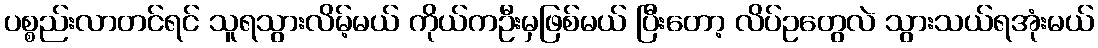
ပစ္စည်းလာတင်ရင် သူရသွားလိမ့်မယ် ကိုယ်ကဦးမှဖြစ်မယ် ပြီးတော့ လိပ်ဥတွေလဲ သွားသယ်ရအုံးမယ်